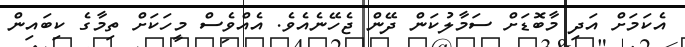
އެކަމަށް އަދި މާބޮޑަށް ސަމާލުކަން ދޭން ޖެހޭނެއެވެ. އެއްވެސް މީހަކަށް ތިމާގެ ކިބައިން